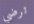
ترضي